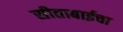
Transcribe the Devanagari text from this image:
सीताबाईचा